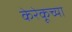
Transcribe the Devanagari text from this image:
केरेकूच्या